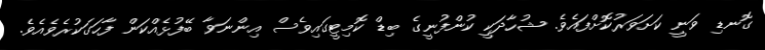
ގޮނޑި ވަނީ ކަށަވަރުކޮށްފައެވެ. ޝުހާދަކީ ކުންފުނީގެ ބިޑް ކޮމިޓީގައިވެސް އިންނަވާ ބޭފުޅެއްކަން ފާހަގަކުރެވެއެވެ.